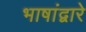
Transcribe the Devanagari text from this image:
भाषांद्वारे